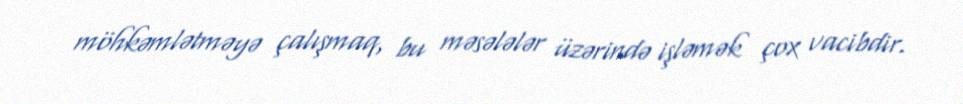
möhkəmlətməyə çalışmaq, bu məsələlər üzərində işləmək çox vacibdir.